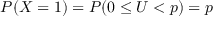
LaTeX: P ( X = 1 ) = P ( 0 \leq U < p ) = p